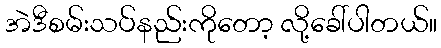
အဲဒီစမ်းသပ်နည်းကိုတော့ လို့ခေါ်ပါတယ်။